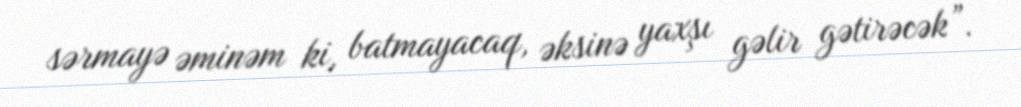
sərmayə əminəm ki, batmayacaq, əksinə yaxşı gəlir gətirəcək”.